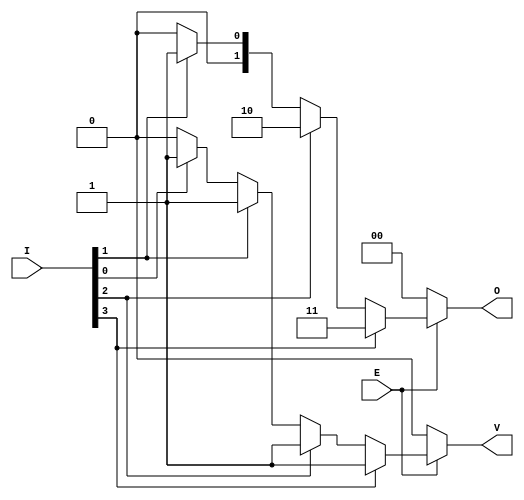
module dual_priority_encoder #(
    parameter N = 4 // Number of inputs
)(
    input wire [N-1:0] I, // Input signals
    input wire E,         // Enable signal
    output reg [1:0] O,   // Binary output
    output reg V          // Valid signal
);

// Always block to implement the priority encoding logic
always @* begin
    if (E == 0) begin
        // If enable is low, set outputs to inactive state
        O = 2'b00;
        V = 1'b0;
    end else begin
        // Default values
        O = 2'b00;
        V = 1'b0;

        // Priority encoding logic
        if (I[N-1]) begin
            O = 2'b11; // I3 is active
            V = 1'b1;
        end else if (I[N-2]) begin
            O = 2'b10; // I2 is active
            V = 1'b1;
        end else if (I[N-3]) begin
            O = 2'b01; // I1 is active
            V = 1'b1;
        end else if (I[0]) begin
            O = 2'b00; // I0 is active
            V = 1'b1;
        end
    end
end

endmodule